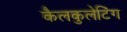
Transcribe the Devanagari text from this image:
कैलकुलेटिंग